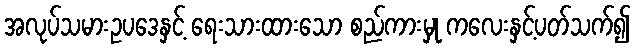
အလုပ်သမားဥပဒေနှင့် ရေးသားထားသော စည်ကားမှု ကလေးနှင့်ပတ်သက်၍